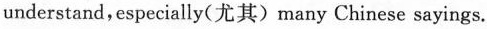
understand,especially(尤其)many Chinese sayings.